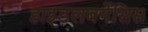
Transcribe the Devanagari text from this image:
हाइडलबर्गेसिस